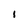
Character: l